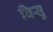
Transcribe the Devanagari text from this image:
विसु